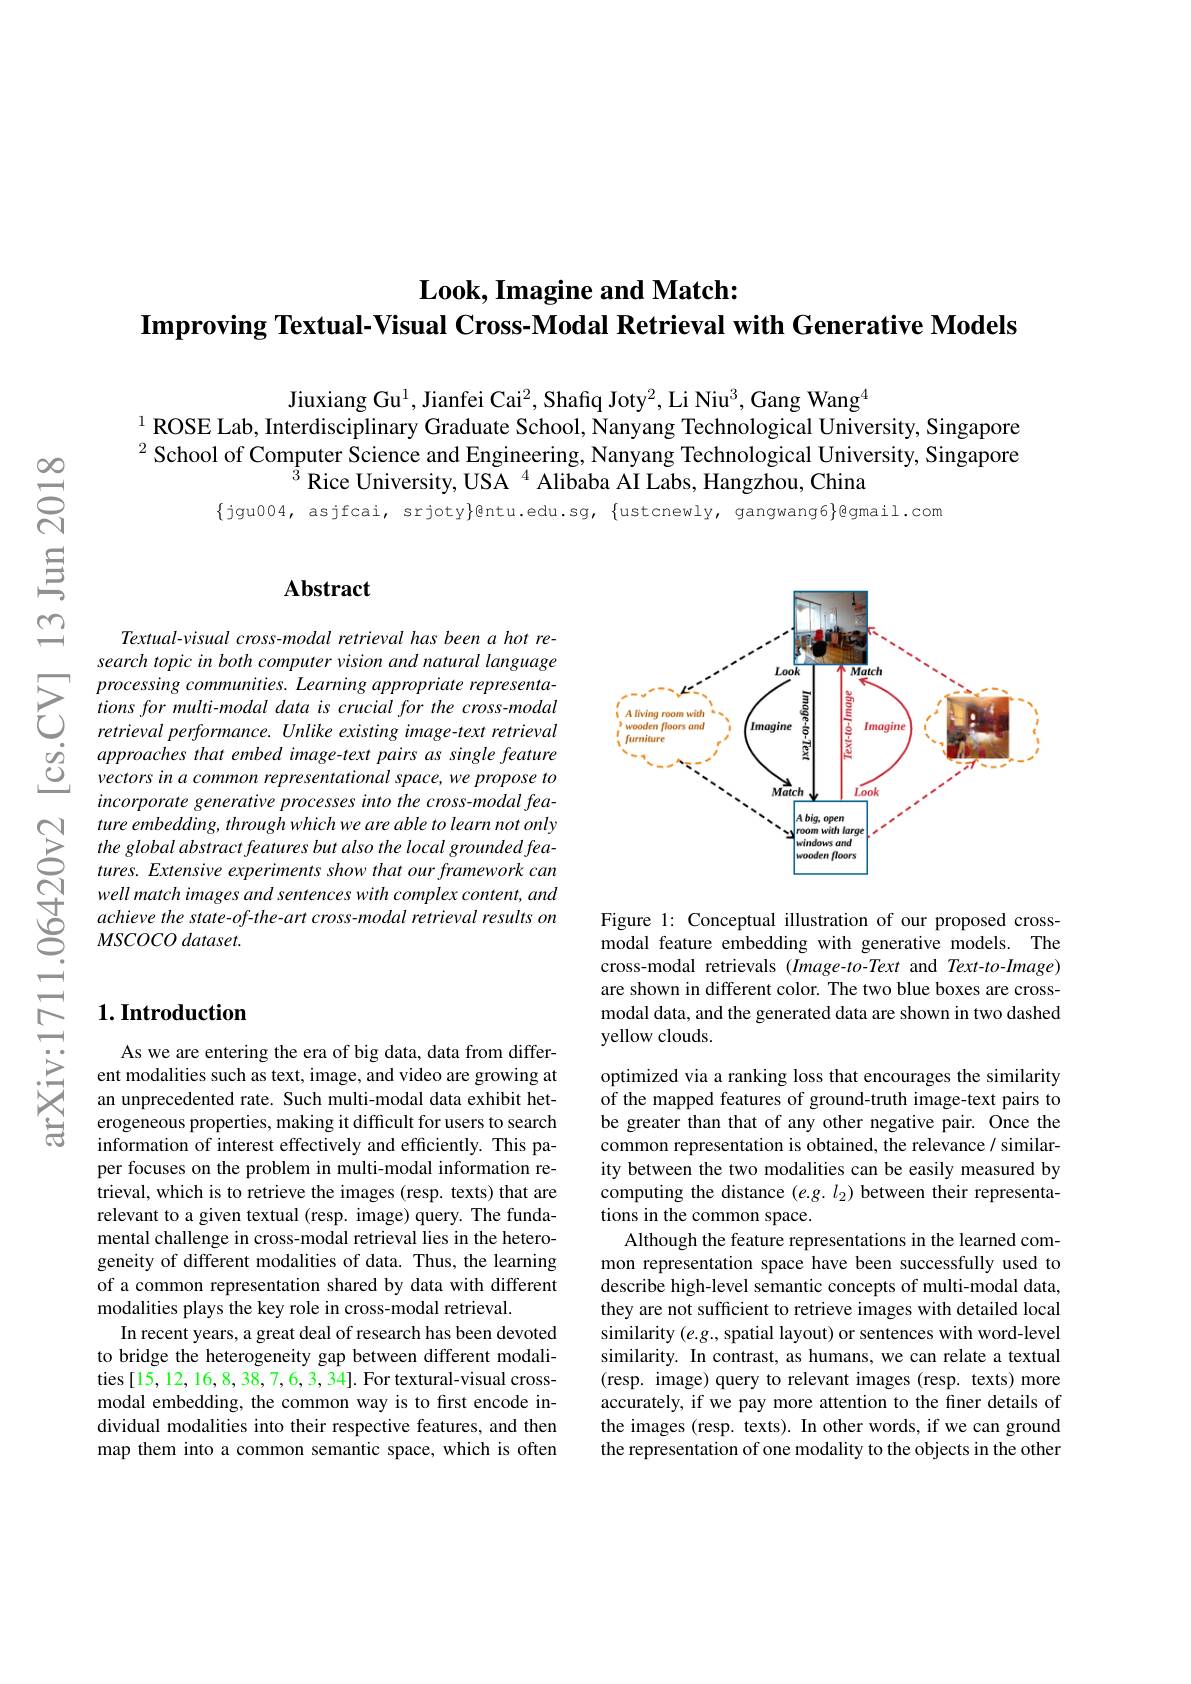
$\mathbf{Look,~Imagine~and~Match:}$
$\textbf{Improving Textual- Visual Cross- Modal Retrieval with Generative Models}$

Jiuxiang Gu$^1$,Jianfei Cai$^2$,Shafiq Joty$^2$,Li Niu$^3$,Gang Wang$^4$
$^{1}$ ROSE Lab, Interdisciplinary Graduate School, Nanyang Technological University, Singapore $^{2}$ School of Computer Science and Engineering, Nanyang Technological University, Singapore
$^{\mathrm{T}}$Rice University, USA$^4$ Alibaba AI Labs, Hangzhou, China

$\{$jgu004, asjfcai, srjoty}@ntu.edu.sg, {ustcnewly, gangwang6}@gmail.com

### $1. \textbf{Introduction}$

As we are entering the era of big data, data from different modalities such as text, image, and video are growing at an unprecedented rate. Such multi-modal data exhibit heterogeneous properties, making it difficult for users to search information of interest effectively and efficiently. This paper focuses on the problem in multi-modal information retrieval, which is to retrieve the images (resp. texts) that are relevant to a given textual (resp. image) query. The fundamental challenge in cross-modal retrieval lies in the heterogeneity of different modalities of data. Thus, the learning of a common representation shared by data with different modalities plays the key role in cross-modal retrieval.
In recent years, a great deal of research has been devoted to bridge the heterogeneity gap between different modalities[15,12,16,8,38,7,6,3,34]. For textural-visual crossmodal embedding, the common way is to first encode individual modalities into their respective features, and then map them into a common semantic space, which is often

## Abstract

Textual-visual cross-modal retrieval has been a hot research topic in both computer vision and natural language processing communities. Learning appropriate representations for multi-modal data is crucial for the cross-modal retrieval performance. Unlike existing image-text retrieval
$\begin{array}{lll}\dot{O}&approaches\:that\:embed\:image-text\:pairs\:as\:single\:feature\\\dot{O}&vectors\:in\:a\:common\:representational\:space,\:we\:propose\:to\end{array}$
incorporate generative processes into the cross-modal feature embedding, through which we are able to learn not only the global abstract features but also the local grounded features. Extensive experiments show that our framework can well match images and sentences with complex content, and achieve the state-of-the-art cross-modal retrieval results on MSCOCO dataset.

<FigureHere>

Figure 1: Conceptual illustration of our proposed crossmodal feature embedding with generative models. The cross-modal retrievals $(Image-to-Text$ and Text-to-Image) are shown in different color. The two blue boxes are crossmodal data, and the generated data are shown in two dashed yellow clouds.

optimized via a ranking loss that encourages the similarity of the mapped features of ground-truth image-text pairs to be greater than that of any other negative pair. Once the common representation is obtained, the relevance/ similarity between the two modalities can be easily measured by computing the distance $(e.g.l_2)$ between their representations in the common space.
Although the feature representations in the learned common representation space have been successfully used to describe high-level semantic concepts of multi-modal data, they are not sufficient to retrieve images with detailed local similarity $(e.g..$ spatial layout) or sentences with word-level similarity. In contrast, as humans, we can relate a textual (resp. image) query to relevant images (resp. texts) more accurately, if we pay more attention to the finer details of the images (resp. texts). In other words, if we can ground the representation of one modality to the objects in the other